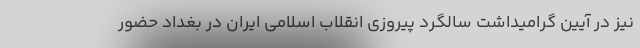
نیز در آیین گرامیداشت سالگرد پیروزی انقلاب اسلامی ایران در بغداد حضور